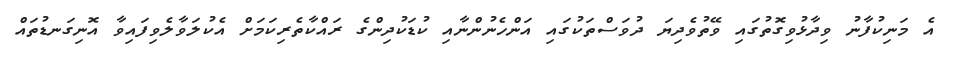
އެ މަނިކުފާނު ވިދާޅުވިގޮތުގައި ވޭތުވެދިޔަ ދުވަސްތަކުގައި އަންހެނުންނާއި ކުޑަކުދިންގެ ރައްކާތެރިކަމަށް އެކުލަވާލެވިފައިވާ އޮނިގަނޑުތައް